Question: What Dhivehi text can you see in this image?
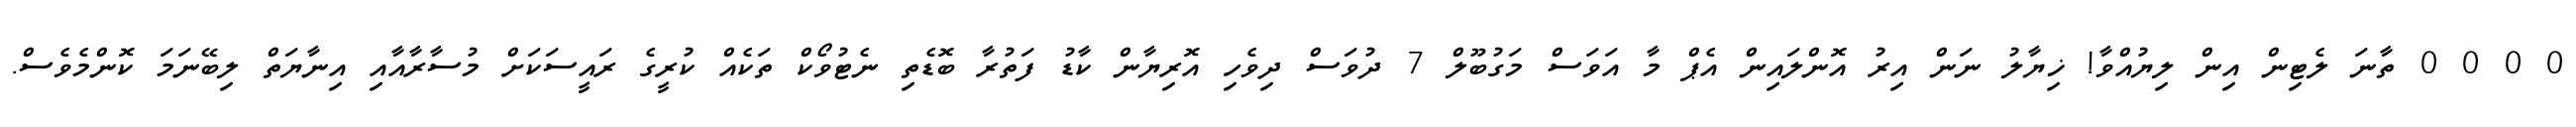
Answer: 0 0 0 0 ތާނަ ލެޓިން އިން ލިޔުއްވާ! ޚިޔާލު ނަން އިރު އޮންލައިން އެޕް މާ އަވަސް މަގުބޫލް 7 ދުވަސް ދިވެހި އޮރިޔާން ކާޑު ފަތުރާ ބޮޑެތި ނެޓުވޯކް ތަކެއް ކުރީގެ ރައީސަކަށް މުސާރާއާއި އިނާޔަތް ލިބޭނަމަ ކޮންމެވެސް.